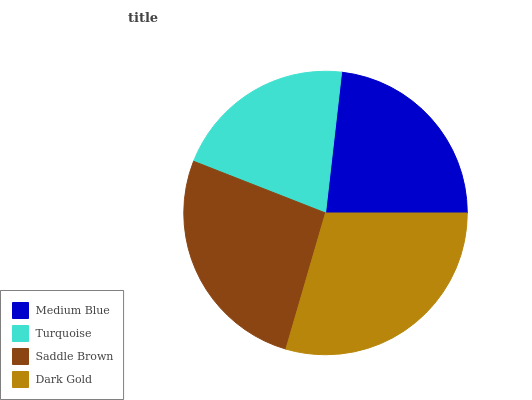
| Medium Blue | Turquoise | Saddle Brown | Dark Gold |
 | --- | --- | --- | --- |
 | 23.2% | 20.9% | 26.4% | 29.5% |